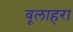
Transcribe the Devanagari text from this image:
वूलाहरा